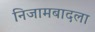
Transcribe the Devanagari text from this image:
निजामबादला